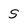
Character: S